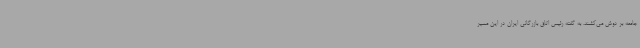
جامعه بر دوش می‌کشند. به گفته رئیس اتاق بازرگانی ایران در این مسیر